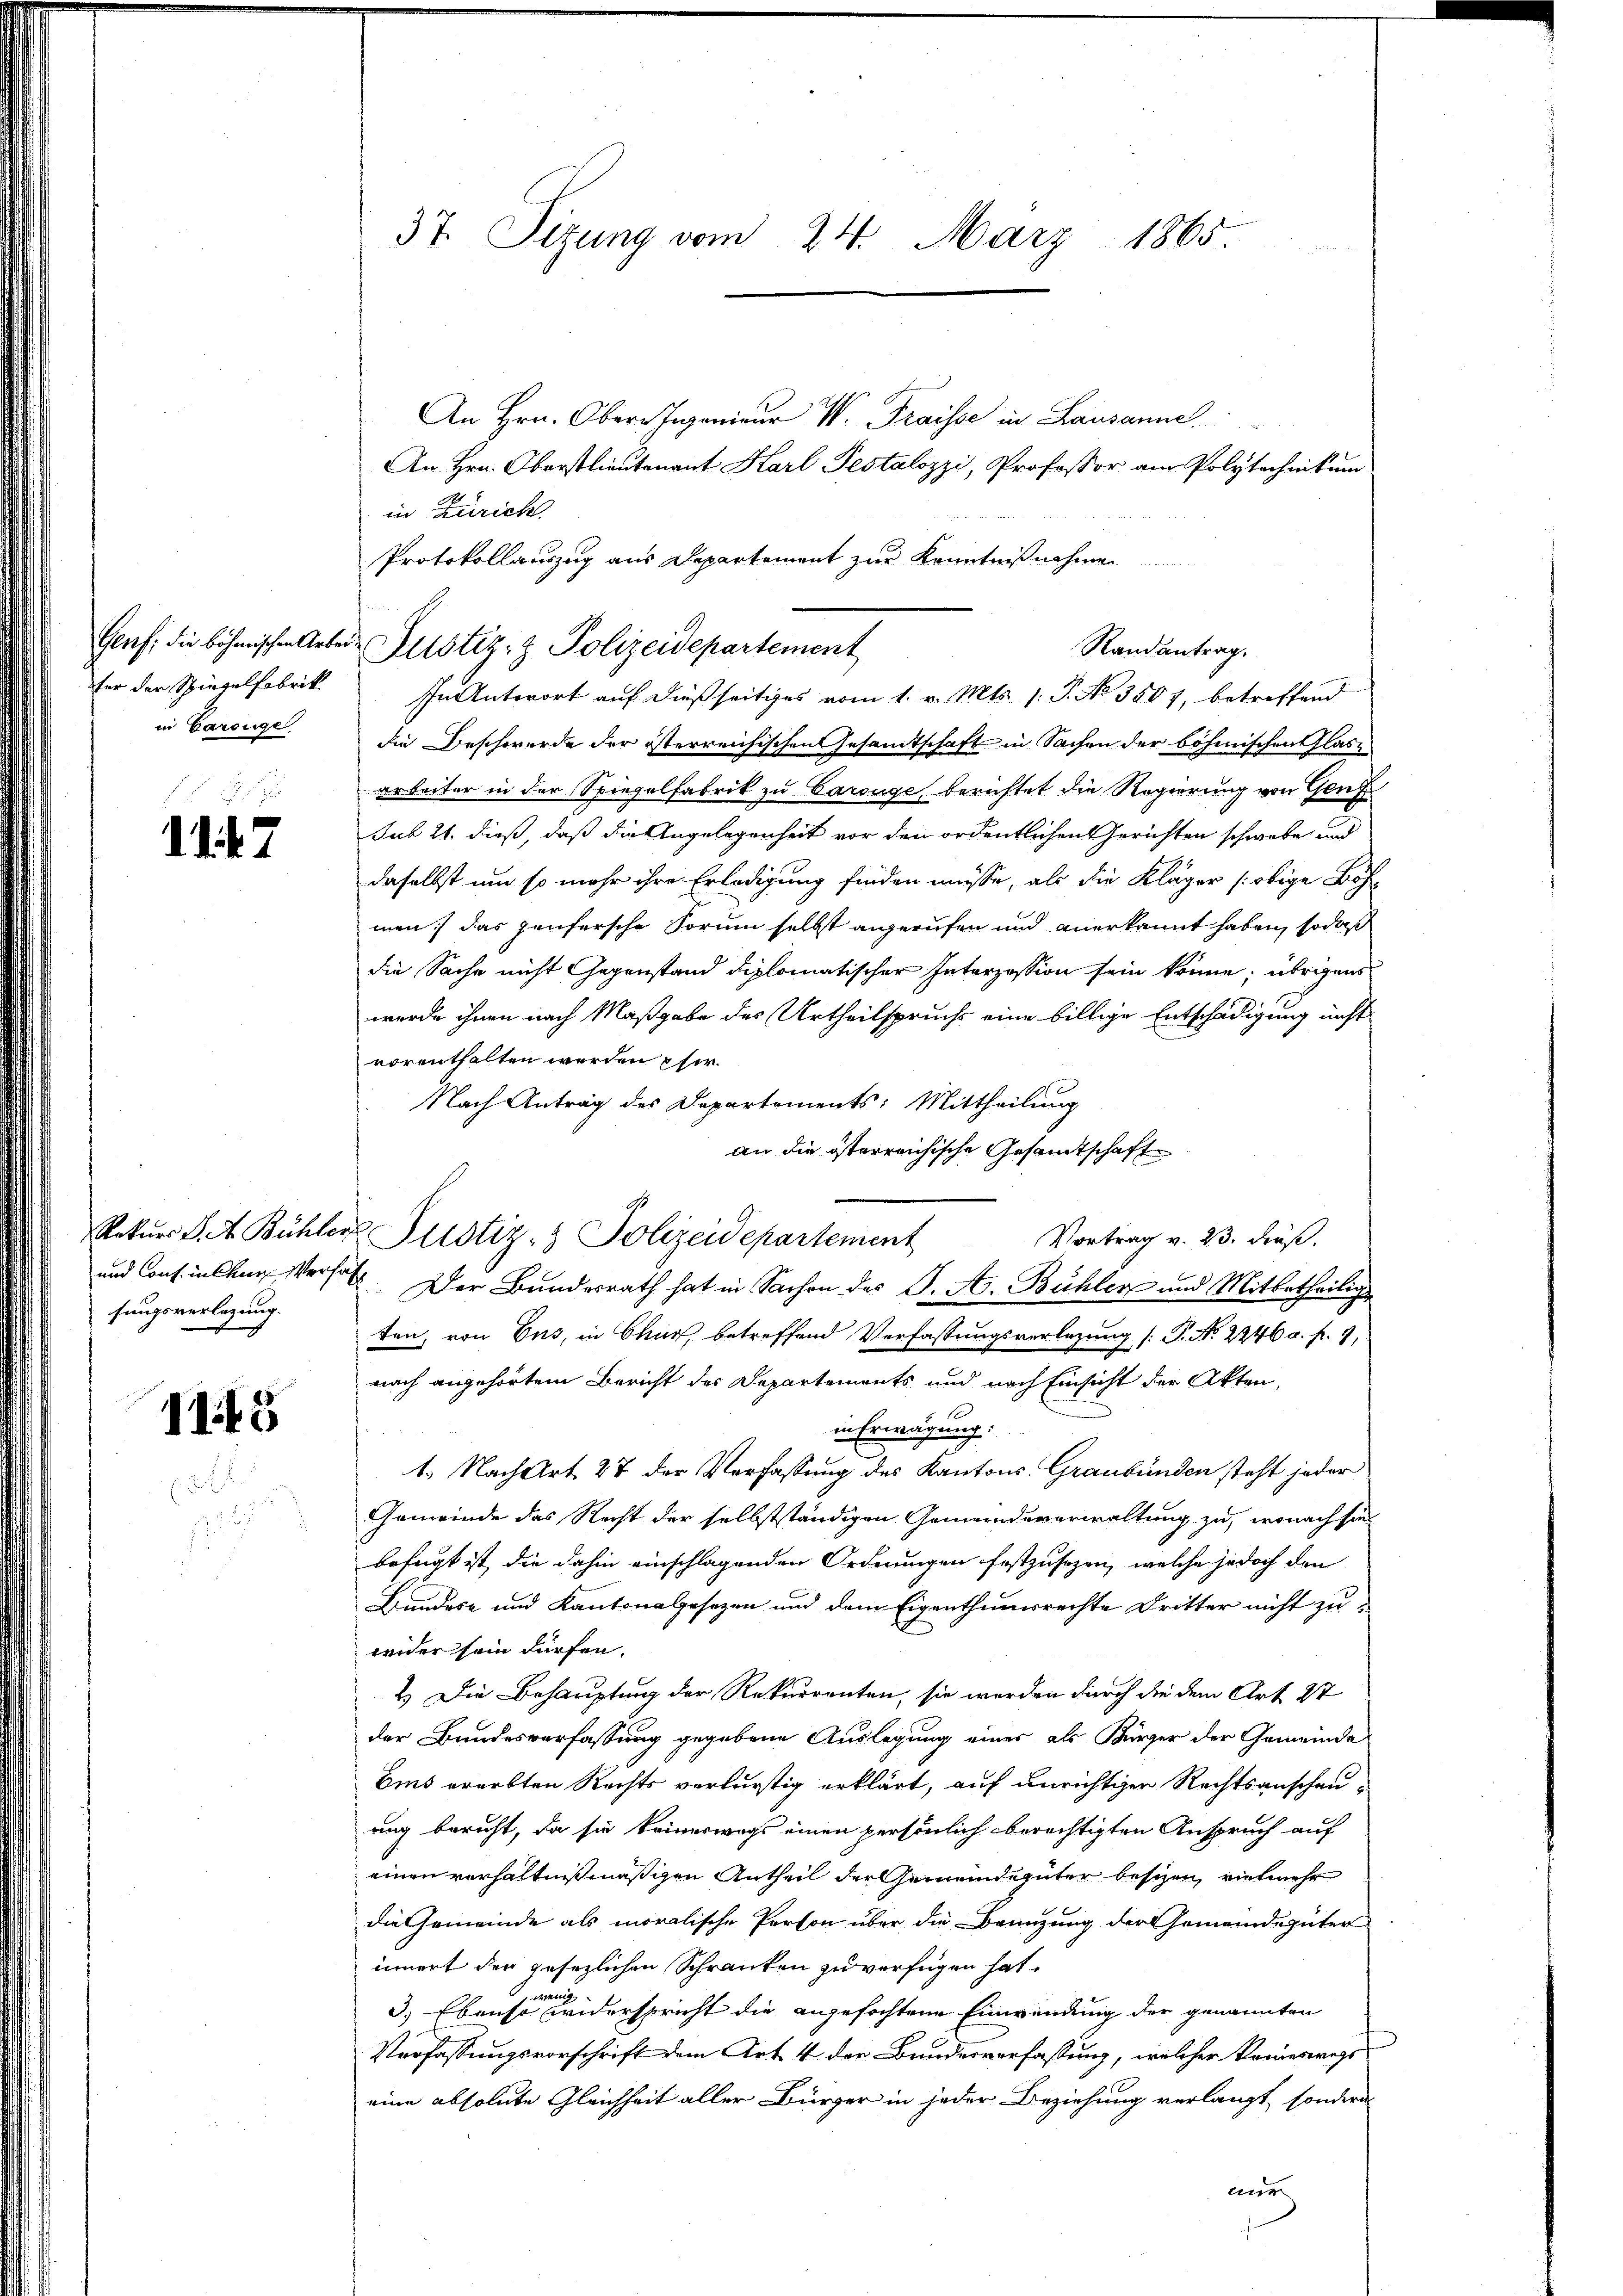
fer der Spiegelfabrik
in Carouge

11 47.

Rekurs S. A. Bühler
sungsverlegung.

115

37. Sizung vom 24. März 1865.

Genf; die böhmischen Arbei Zustiz- & Polizeidepartement

An Hrn. Obern Ingenieur W. Traisse in Lausanne
An Hrn. Oberstlieutenant Karl Pestalozzi, Professor am Polytechnikum
in Zürich
Protokollauszug aus Departement zur Kenntnißnahme
In Antwort auf dießseitiges vom 1. v. Mts. 1. P. No 3507, betreffend
die Beschwerde der österreichischen Gesamtschaft in Sachen der böhmischen Glasarbeiter in der Spiegelfabrik zu Carouge, berichtet die Regierung von Genf
sub 21. dieß, daß die Angelegenheit vor den ordentlichen Gerichten schwebe, und
daselbst um so mehr ihre Erledigung finden müsse, als die Kläger obige Böhmen; das häufersche Sorum selbst angerufen und anerkannt haben, so daß
die Sache nicht Gegenstand diplomatischer Interzession sein könne; übrigens
wurde ihnen nach Maßgabe des Urtheilspruchs eine billige Entschädigung nicht
vorenthalten werden pfer.
Nach Antrag des Departements: Mittheilung
an die österreichische Gesandtschaft
Justiz- & Polizeidepartement
Vortrag v. 23. Fräß.
und Cons. in Chun Versatz. Der Bundesrath hat in Sachen des S. A. Bühler und Mitbetheilige
ten, von Ens, in Chur, betreffend Verfassungsverlegung [P. No. 2246 a. f. 7,
nach angehörtem Bericht des Departements und nach Einsicht der Akten,
in Erwägung:
E
1. Nach Art 27 der Verfassung des Kantons Graubünden steht jeder
Gemeinde das Recht der selbstständigen Gemeindsverwaltung zu, wonach sie
befugt ist, die dahin einschlagenden Ordnungen festzusezen, welche jedoch den
Bundes- und Kantonsgesezen und dem Eigenthumsrechte Dritter nicht zu-
weider sein dürfen.
2.) Die Behauptung der Rekurrenten, sie werden durch die dem Art. 27
der Bundesverfassung gegebene Auslegung eines als Kürzer der Gemeinde
Ems ererbten Rechts verlurstig erklärt, auf unrichtiger Rechtsanscheuung beruht, da sie keineswegs einen persönlich berechtigten Anspruch auf
einen verhältnißmäßigen Antheil der Gemeindegüter besizen, vielmehr
die Gemeinde als moralische Person über die Benuzung der Gemeindegüter
innert der gesezlichen Schranken zu verfügen hat.
wenig
3.) Ebenso widerspricht die angefochtene Einwendung der genannten
Verfassungsvorschrift dem Art. 4 der Bundesverfaßung, welcher keineswegs
eine absolute Gleichheit aller Bürger in jeder Beziehung verlangt, sondern
nur

Randantrag.